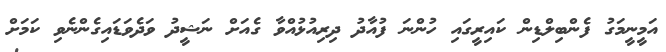
އަމީނީމަގު ފެންބިލްޑިން ކައިރީގައި ހުންނަ ފުއާދު ދިރިއުޅުއްވާ ގެއަށް ނަޝީދު ވަދެވަޑައިގެންނެވި ކަމަށް